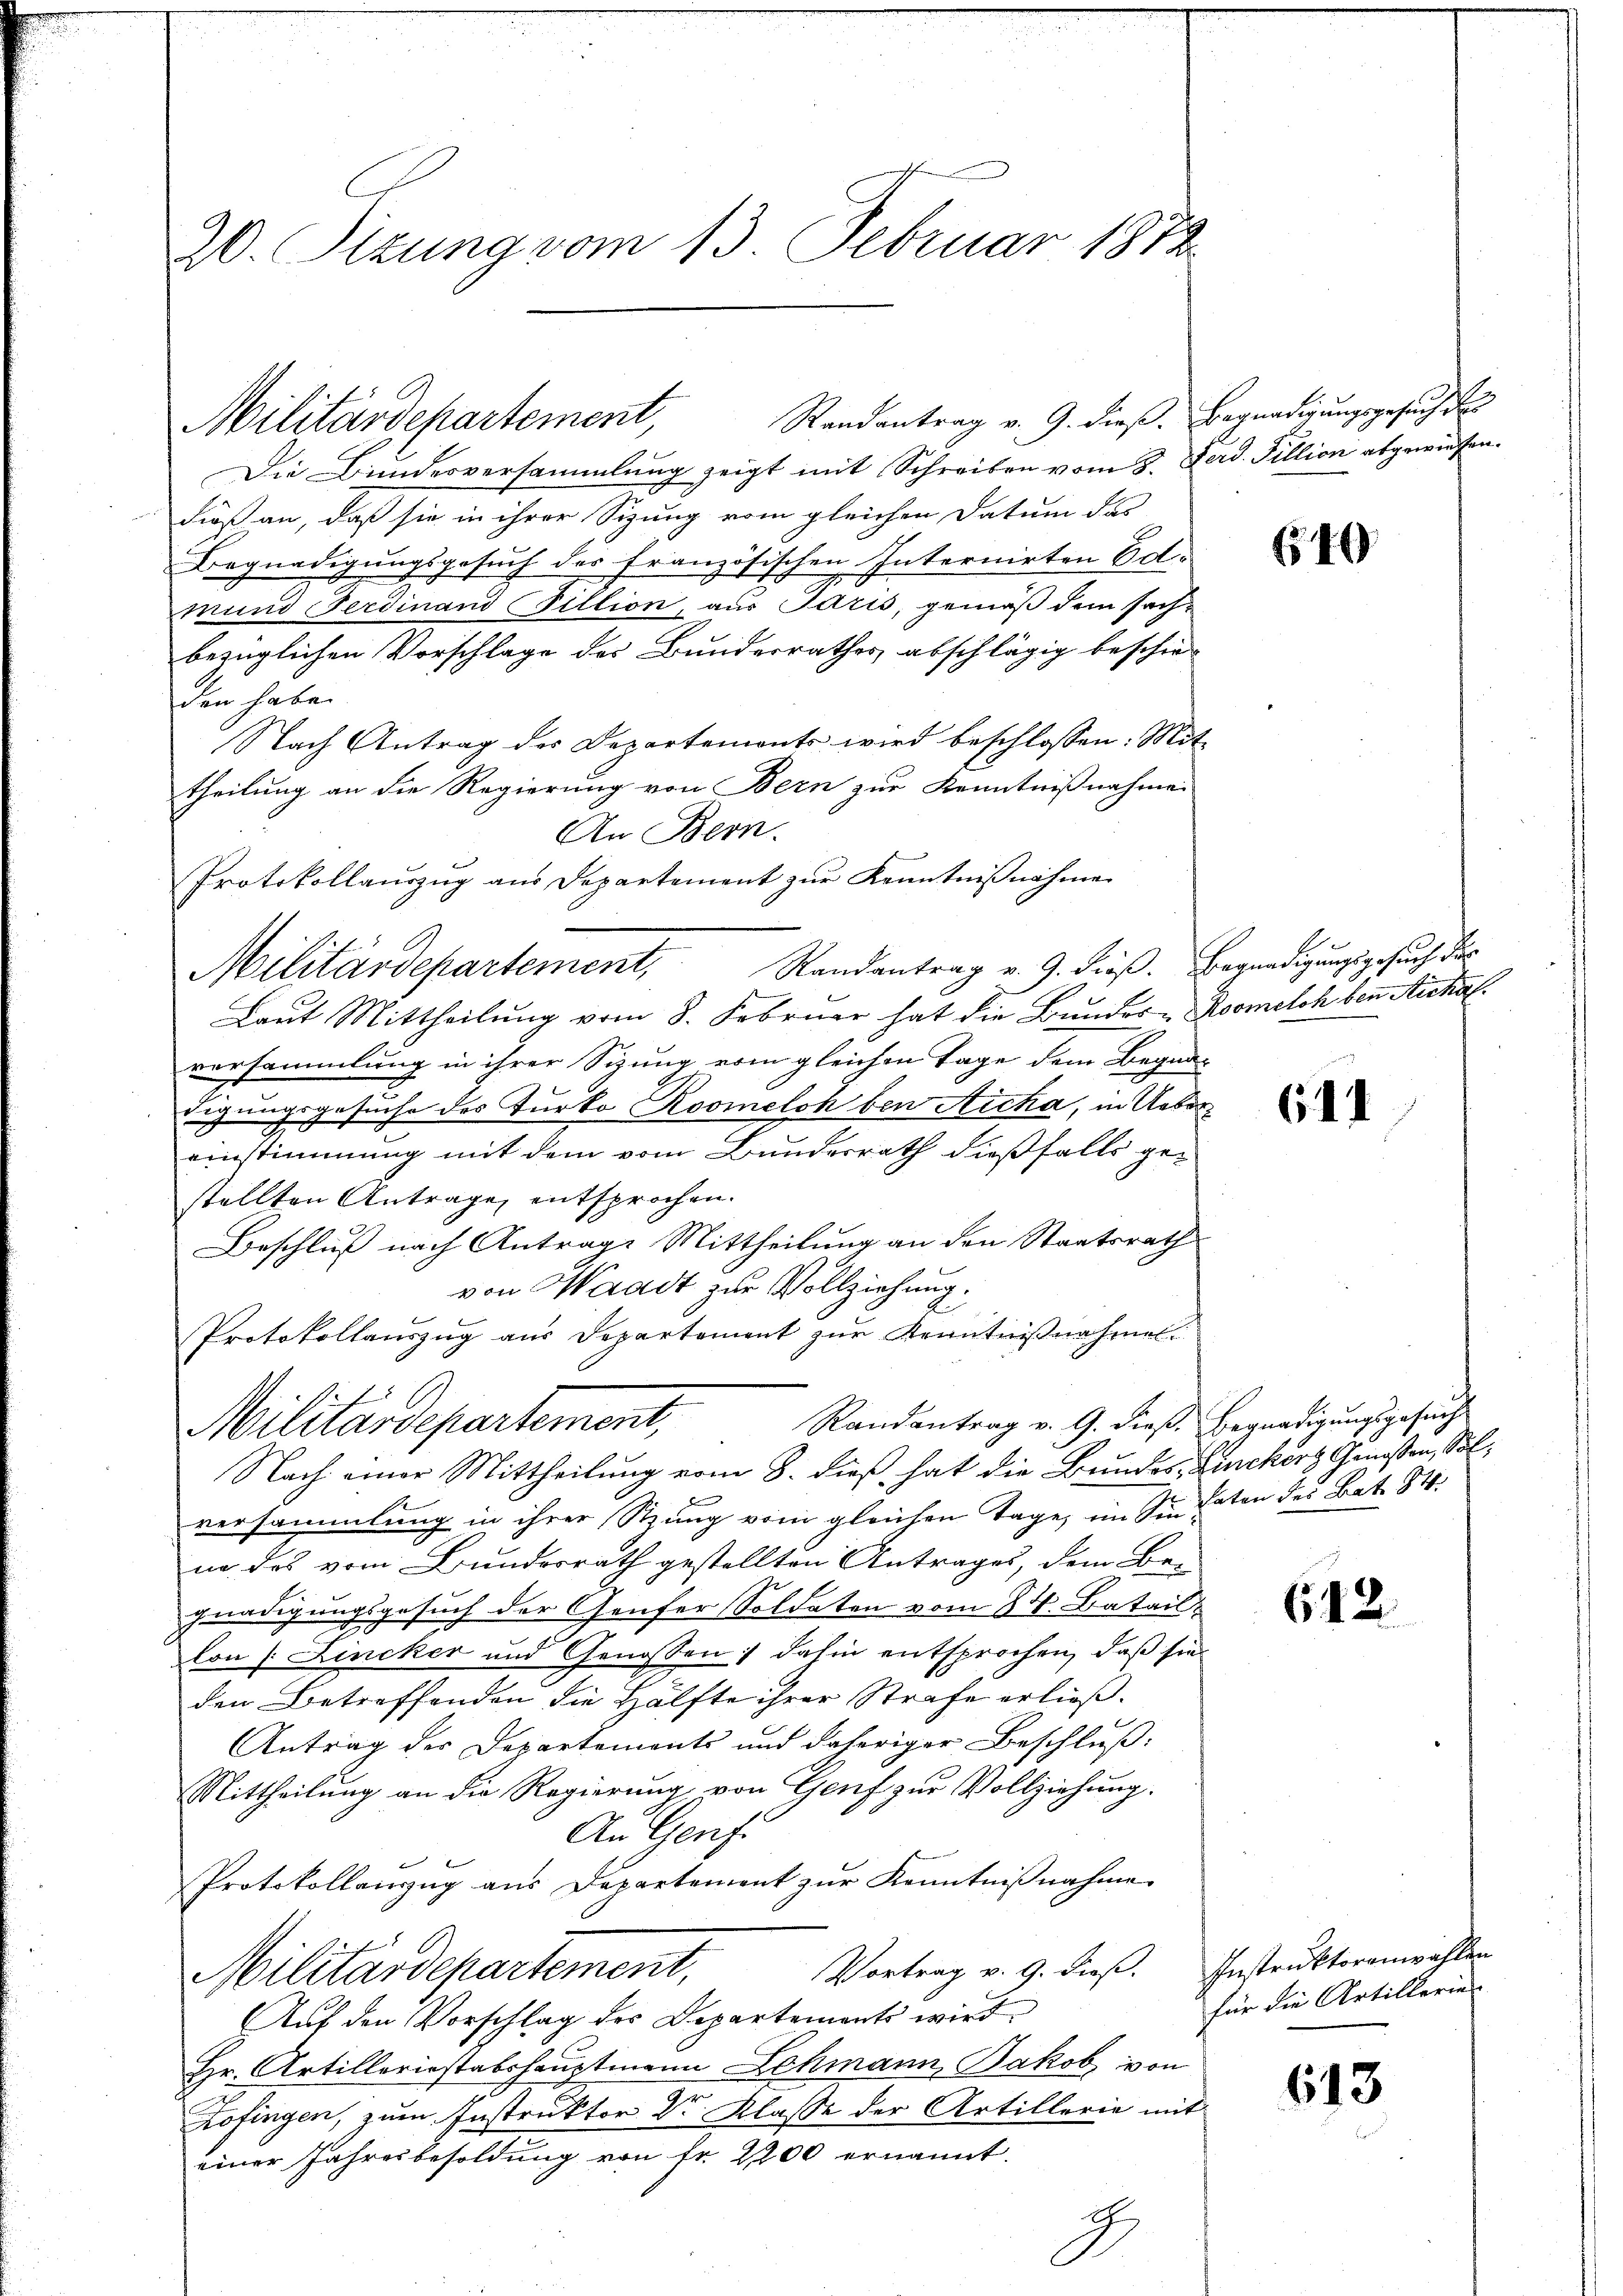
20. Sitzung vom 13. Februar 1872

Die Bundesversammlung zeigt mit Schreiben vom 3. Ferd. Fillion abgewiesen.
dieß an, daß sie in ihrer Sizung vom gleichen Datum das
Begnadigungsgesuch der französischen Internirten Ed.
mund Ferdinand Fillion, aus Paris, gemäß dem sachbezüglichen Vorschlage des Bundesrathes, abschlägig beschie-
den haben
Nach Antrag der Departemonts wird beschlossen: Mit-
theilung an die Regierung von Bern zur Kenntnißnahmen
An Bern.
Protokollauszug aus Departement zŭr Kenntnißnahme
Militärdepartement, Randantrag v. 9. dieß. Begnadigungsgesuch des
Laut Mittheilung vom 8. Februar hat die Bundes-Roomelch bei Richal
versammlung in ihrer Sitzung vom gleichen Tage dem Begnadigungsgesuche des Turko Roomeloh den Aicha, in Uebereinstimmung mit dem vom Bundesrath dießfalls ge-
stellten Antrage, entsprochen.
Beschluß nach Antrage Mittheilung an den Staatsrath
von Waadt zur Vollziehung.
Protokollauszug aus Departement zur Kenntniβnahmel:
Randantrag v. 9. dieß. Begnadigungsgesuch
Militärdepartement,
Nach einer Mittheilung vom 8. dieß hat die Bundes-Linckort Genoßen, Solversammlung in ihrer Sitzung vom gleichen Tage, im Sie haten des Bat. 84.
na das vom Bundesrath gestellten Antrages, dem Be-
gnadigungsgesuch der Genfer Soldaten vom 24. Batail-
Con [Lincker und Genossen; dahin entsprochen, daß sie
den Betreffenden die Hälfte ihrer Strafe erließ.
Antrag der Departements und daheriger Beschluß:
Mittheilung an die Regierung von Genf zur Vollziehung.
An Genf.
Protokollanzug aus Departement zŭr Kenntniβnahme
Vortrag v. 9. dieß. Instruktorenwahlen
Militärdepartement,
Auf den Vorschlag der Departements wird
Hr. Artilleriestabshauptmann Schmann, Jakob von
Zofingen, zum Instruktor Dr. Klasse der Artillerie mit
einer Jahresbesoldung von Fr. 2200 ernannt.
H

Militärdepartement,

Randantrag v. 9. dieß. Begnadigungsgesuch das

40

64

642.

für die Artillerie

613